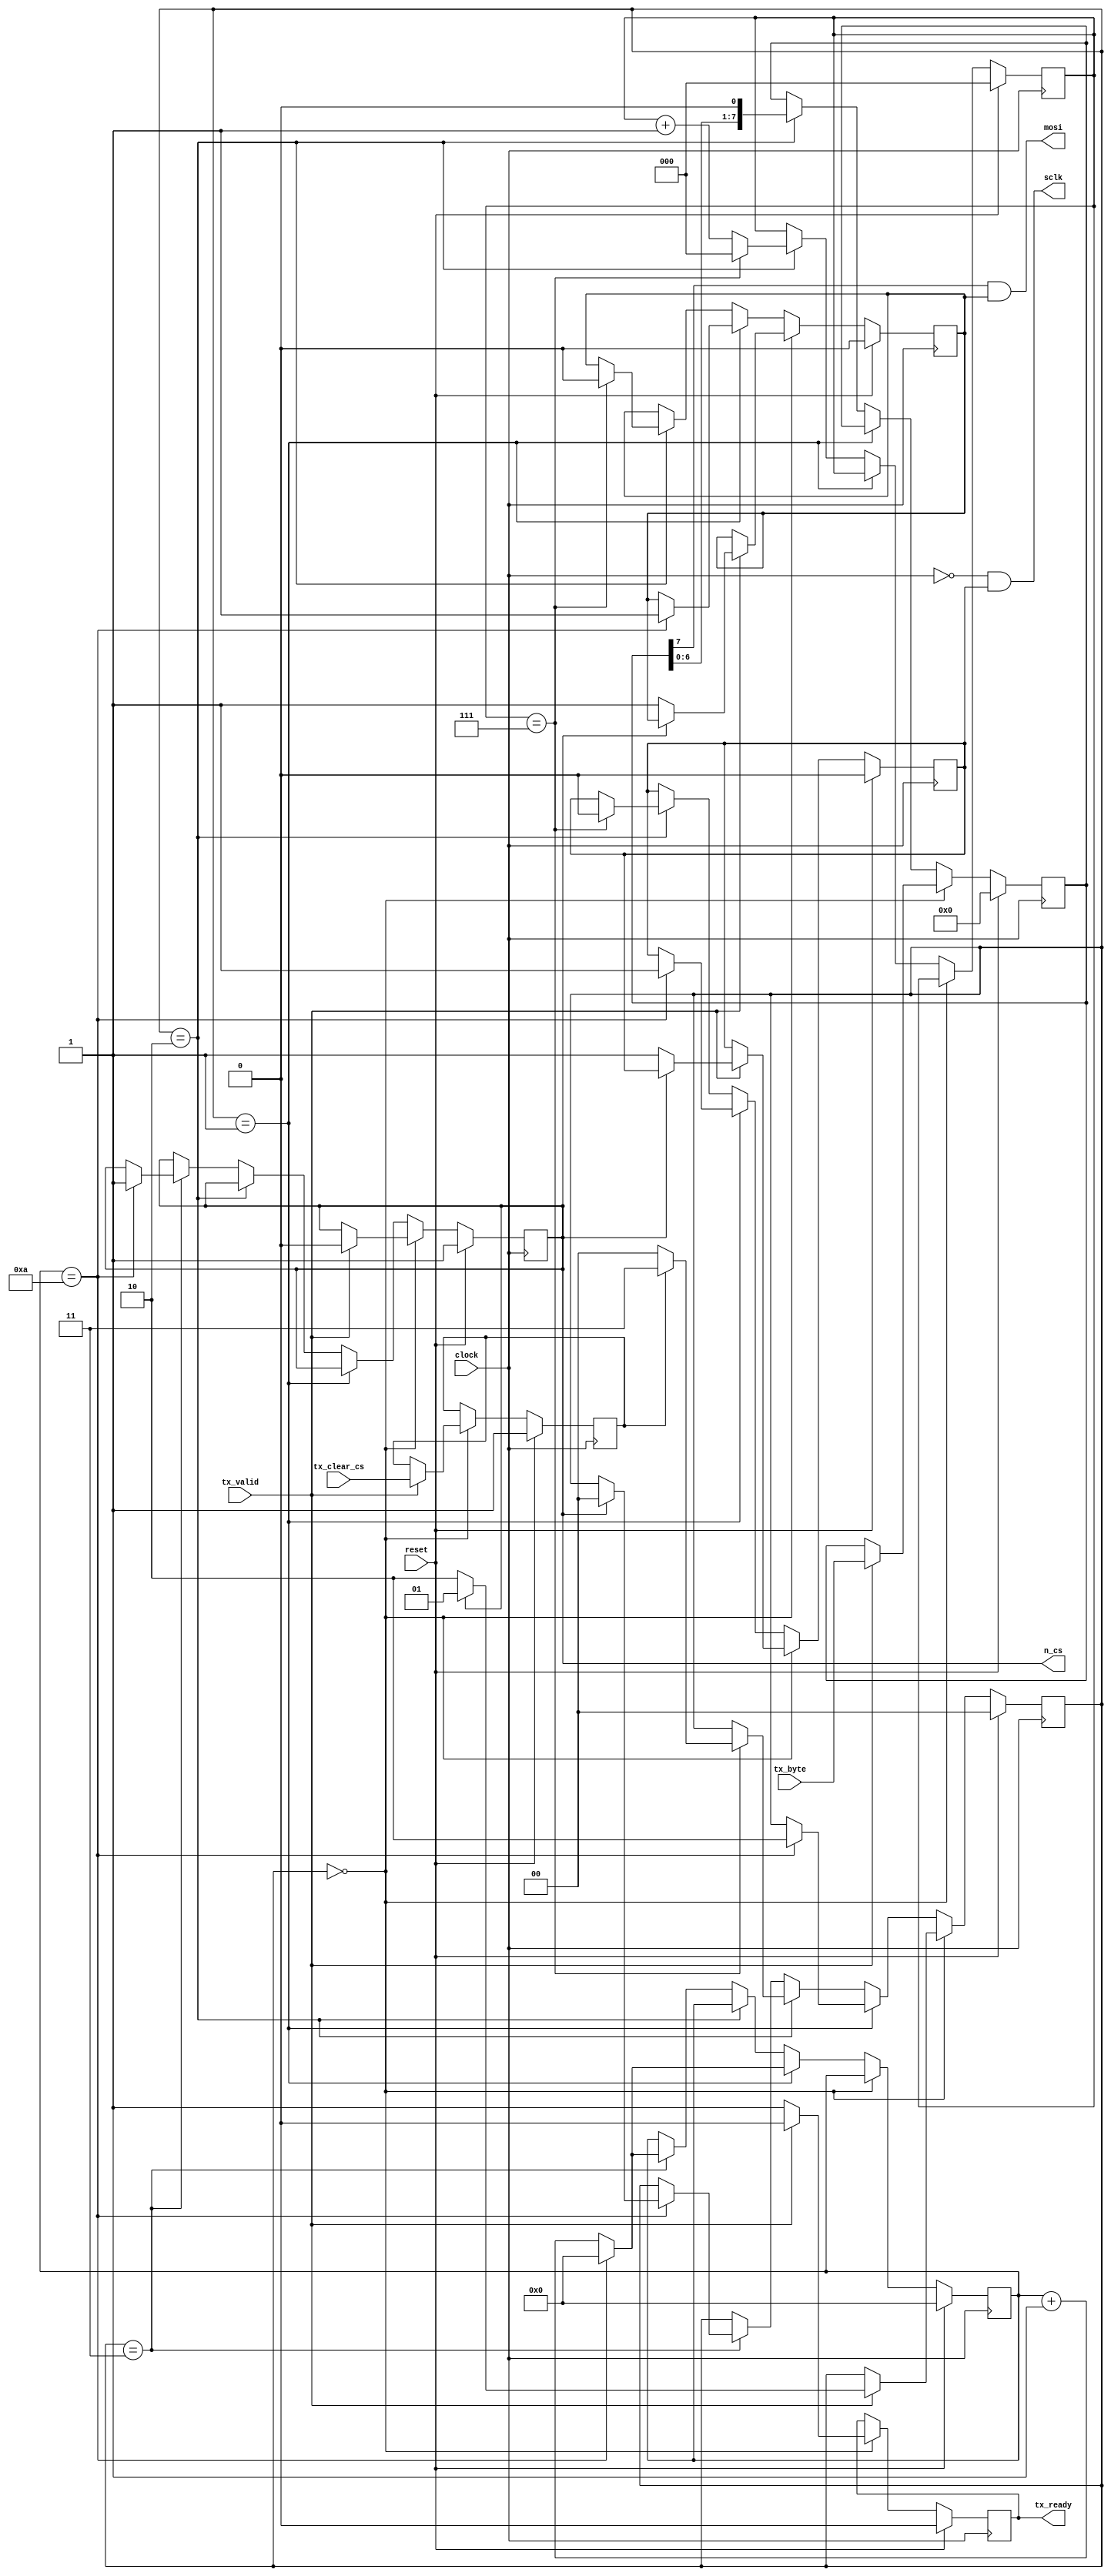
module SPIMaster_341450853309219412(
  input       clock,
  input       reset,
  
  output      tx_ready,
  input       tx_valid,
  input [7:0] tx_byte,

  // whether or not to reset CS after sending data
  input       tx_clear_cs,

  output      sclk,
  output      mosi,
  output      n_cs
);

  localparam STATE_IDLE = 2'd0,
    STATE_CS_ASSERT = 2'd1,
    STATE_TX = 2'd2,
    STATE_CS_DEASSERT = 2'd3;

  localparam TX_COUNTER_MAX = 3'h7;

  // number of cycles-1 to wait after asserting / before deasserting CS 
  localparam CS_COUNTER_MAX = 4'd10;

  reg [1:0] state;
  reg [7:0] tx_byte_reg;
  reg sclk_mask;
  reg mosi_mask;
  reg tx_ready_reg;
  reg [2:0] tx_counter_reg;
  reg n_cs_reg;
  reg tx_clear_cs_reg;
  reg [3:0] cs_delay_counter;

  assign tx_ready = tx_ready_reg;
  assign sclk = ~clock & sclk_mask;
  assign mosi = tx_byte_reg[7] & mosi_mask;
  assign n_cs = n_cs_reg;

  always @(posedge clock) begin
    if (reset) begin

      state <= STATE_IDLE;
      tx_byte_reg <= 8'h0;
      sclk_mask <= 1'b0;
      mosi_mask <= 1'b0;
      tx_ready_reg <= 1'b0;
      tx_counter_reg <= 3'd0;
      n_cs_reg <= 1'b1;
      tx_clear_cs_reg <= 1'b1;
      cs_delay_counter <= 4'd0;

    end else begin

      if (state == STATE_IDLE) begin

        tx_ready_reg <= 1'b1;

        if (tx_valid == 1'b1) begin
          tx_byte_reg <= tx_byte;
          tx_clear_cs_reg <= tx_clear_cs;
          tx_ready_reg <= 1'b0;
          n_cs_reg <= 1'b0;

          if (n_cs_reg == 1'b1) begin
            // CS is not asserted: assert it first
            state <= STATE_CS_ASSERT;
          end else begin
            // CS is already asserted: transition to TX
            state <= STATE_TX;
            sclk_mask <= 1'b1;
            mosi_mask <= 1'b1;
          end
        end

      end else if (state == STATE_CS_ASSERT) begin

        // assert CS before transitioning to TX
        if (cs_delay_counter == CS_COUNTER_MAX) begin

          cs_delay_counter <= 4'd0;
          state <= STATE_TX;
          sclk_mask <= 1'b1;
          mosi_mask <= 1'b1;

        end else begin
          cs_delay_counter <= cs_delay_counter + 4'd1;
        end

      end else if (state == STATE_TX) begin

        tx_byte_reg <= {tx_byte_reg[6:0], 1'b0};

        if (tx_counter_reg == TX_COUNTER_MAX) begin
          tx_counter_reg <= 3'd0;
          sclk_mask <= 1'b0;
          mosi_mask <= 1'b0;

          // check if CS needs to be reset
          if (tx_clear_cs_reg == 1'b1) begin
            state <= STATE_CS_DEASSERT;
          end else begin
            state <= STATE_IDLE;
          end
        end else begin
          tx_counter_reg <= tx_counter_reg + 3'd1;
        end

      end else if (state == STATE_CS_DEASSERT) begin

        // wait before deasserting CS and transitioning to idle

        if (cs_delay_counter == CS_COUNTER_MAX) begin

          if (n_cs_reg == 1'b0) begin

            cs_delay_counter <= 4'd0;
            n_cs_reg <= 1'b1;

          end else begin

            cs_delay_counter <= 4'd0;
            state <= STATE_IDLE;

          end

        end else begin
          cs_delay_counter <= cs_delay_counter + 4'd1;
        end

      end
    end
  end

endmodule

// Combinational logic to compute current color given row/column indices
module LEDColor_341450853309219412(
  input [2:0]   row_idx,
  input [2:0]   col_idx,
  input [5:0]   pixel_offset,

  output [7:0]  pixel
);

  wire [2:0] red;
  wire [2:0] green;
  wire [1:0] blue;
  wire is_diagonal;

  wire [5:0] green_sum;
  wire [5:0] blue_sum;

  assign green_sum = {3'd0, col_idx} + pixel_offset;
  assign blue_sum = {3'd0, row_idx} + pixel_offset;

  // generate moving diagonal
  assign is_diagonal = ((row_idx + col_idx) == pixel_offset[2:0]) ? 1'b1 : 1'b0;

  // generate white when on diagonal, otherwise moving blend of green/blue
  assign red = (is_diagonal == 1'b1) ? 3'd7 : 3'd0;
  assign green = (is_diagonal == 1'b1) ? 3'd7 : green_sum[2:0];
  assign blue = (is_diagonal == 1'b1) ? 2'd3 : blue_sum[1:0];

  assign pixel = {red, 5'd0} | {3'd0, green, 2'd0} | {6'd0, blue};

endmodule

// Matrix driver
module LEDMatrix_341450853309219412(
  input         clock,
  input         reset,
  
  output        sclk,
  output        mosi,
  output        n_cs
);

  localparam STATE_RESET_FRAME_INDEX = 1'd0,
    STATE_SEND_PIXELS = 1'd1;

  // command to reset frame index
  localparam CMD_RESET_FRAME_INDEX = 8'h26;

  localparam PIXEL_MAX = 6'h3f;

  reg [0:0] state;
  reg [1:0] state_rfi;
  reg [1:0] state_sp;

  reg [5:0] pixel_counter;

  reg [5:0] pixel_offset;

  reg tx_valid;
  reg tx_clear_cs;

  wire tx_ready;
  wire [7:0] tx_byte;

  wire [2:0] row_idx;
  wire [2:0] col_idx;
  wire [7:0] pixel;

  assign tx_byte = (state == STATE_RESET_FRAME_INDEX) ? CMD_RESET_FRAME_INDEX : pixel;

  assign row_idx = pixel_counter[5:3];
  assign col_idx = pixel_counter[2:0];

  SPIMaster_341450853309219412 spi_master_inst(
    .clock(clock),
    .reset(reset),

    .tx_ready(tx_ready),
    .tx_valid(tx_valid),
    .tx_byte(tx_byte),
    .tx_clear_cs(tx_clear_cs),

    .sclk(sclk),
    .mosi(mosi),
    .n_cs(n_cs)
  );

  LEDColor_341450853309219412 led_color_inst(
    .row_idx(row_idx),
    .col_idx(col_idx),
    .pixel_offset(pixel_offset),

    .pixel(pixel)
  );

  always @(posedge clock) begin
    if (reset) begin
      state <= STATE_RESET_FRAME_INDEX;

      pixel_counter <= 6'h0;
      pixel_offset <= 6'h0;

      tx_valid <= 1'b0;
      tx_clear_cs <= 1'b0;
    end else begin

      if (state == STATE_RESET_FRAME_INDEX) begin

        if (tx_ready == 1'b1) begin

          // send command to reset frame index

          tx_valid <= 1'b1;
          tx_clear_cs <= 1'b1;
        end else if (tx_valid == 1'b1) begin
          
          // TX accepted, transition to next state

          state <= STATE_SEND_PIXELS;
          tx_valid <= 1'b0;
        end

      end else if (state == STATE_SEND_PIXELS) begin

        if (tx_ready == 1'b1) begin

          // send pixel data

          tx_valid <= 1'b1;

          if (pixel_counter == PIXEL_MAX) begin
            // sending last pixel, so clear CS after
            tx_clear_cs <= 1'b1;
          end else begin
            tx_clear_cs <= 1'b0;
          end

        end else if (tx_valid == 1'b1) begin

          // TX accepted, transition to next state

          tx_valid <= 1'b0;

          if (pixel_counter == PIXEL_MAX) begin
            // sending last pixel
            state <= STATE_RESET_FRAME_INDEX;
            pixel_counter <= 6'h0;
            pixel_offset <= pixel_offset + 6'h1;
          end else begin
            pixel_counter <= pixel_counter + 6'h1;
          end

        end
      end
    end
  end

endmodule

// simple animation on 7-seg display
module SevenSeg_341450853309219412(
  input         clock,
  input         reset,

  output        up,
  output        right,
  output        down,
  output        left
);

  localparam COUNTER_MAX = 8'hff;

  // counter to increment upon every clock
  reg [7:0] counter;

  // state to increment upon every counter wrap
  reg [1:0] state;

  // set outputs using combinational logic based on state
  assign up = (state == 2'd0) ? 1'b1 : 1'b0;
  assign right = (state == 2'd1) ? 1'b1 : 1'b0;
  assign down = (state == 2'd2) ? 1'b1 : 1'b0;
  assign left = (state == 2'd3) ? 1'b1 : 1'b0;

  always @(posedge clock) begin
    if (reset) begin

      counter <= 8'h0;
      state <= 2'h0;
      
    end else begin

      // increment counter upon clock cycle
      counter <= counter + 8'd1;

      // increment state upon counter wrap
      if (counter == COUNTER_MAX) begin
        state <= state + 2'd1;
      end

    end
  end

endmodule

// Reset synchroniser
module AsyncReset_341450853309219412(
  input   clock,
  input   reset_async,

  output  reset_sync
);

  reg [2:0] reset_fifo;

  assign reset_sync = reset_fifo[0];

  always @(posedge clock or posedge reset_async) begin
    if (reset_async == 1'b1) begin
      reset_fifo <= 3'h7;
    end else begin
      reset_fifo <= {1'b0, reset_fifo[2:1]};
    end
  end

endmodule

module user_module_341450853309219412(
  input [7:0] io_in,
  output [7:0] io_out
);

  wire clock;
  wire reset_async;
  wire reset_sync;

  // LED matrix wires
  wire sclk;
  wire mosi;
  wire n_cs;

  // 7-seg wires
  wire up;
  wire right;
  wire down;
  wire left;

  assign clock = io_in[0];
  assign reset_async = io_in[1];

  // drive LED matrix
  assign io_out[0] = sclk;
  assign io_out[1] = mosi;
  assign io_out[5] = n_cs;

  // use lower 7-seg LEDs for animation
  assign io_out[6] = up;
  assign io_out[2] = right;
  assign io_out[3] = down;
  assign io_out[4] = left;

  assign io_out[7] = 1'b1;

  AsyncReset_341450853309219412 async_reset_inst(
    .clock(clock),
    .reset_async(reset_async),
    .reset_sync(reset_sync)
  );

  LEDMatrix_341450853309219412 ledmatrix_inst(
    .clock(clock),
    .reset(reset_sync),

    .sclk(sclk),
    .mosi(mosi),
    .n_cs(n_cs)
  );

  SevenSeg_341450853309219412 sevenseg_inst(
    .clock(clock),
    .reset(reset_sync),

    .up(up),
    .right(right),
    .down(down),
    .left(left)
  );

endmodule